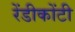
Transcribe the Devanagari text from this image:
रेंडीकोंटी